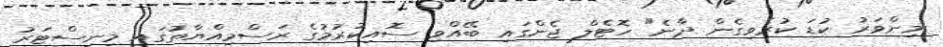
މިންވަރު ކުޑަ ކުރެވިގެން ދާނެ" ހޮޓެލް ޖެންގައި ބޭއްވި ސޮއިކުރުމުގެ ރަސްމިއްޔާތުގައި މިނިސްޓަރު